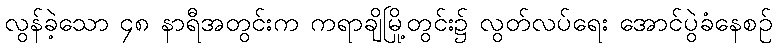
လွန်ခဲ့သော ၄၈ နာရီအတွင်းက ကရာချိမြို့တွင်း၌ လွတ်လပ်ရေး အောင်ပွဲခံနေစဉ်